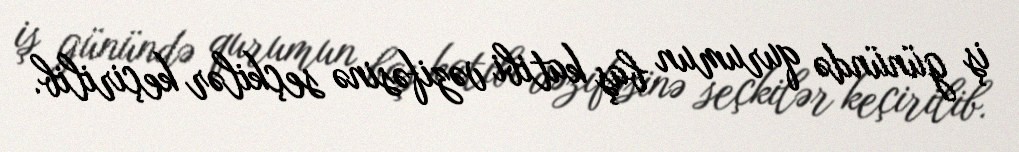
iş günündə qurumun baş katibi vəzifəsinə seçkilər keçirilib.